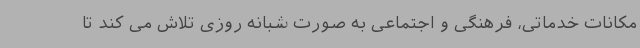
مکانات خدماتی، فرهنگی و اجتماعی به صورت شبانه روزی تلاش می کند تا